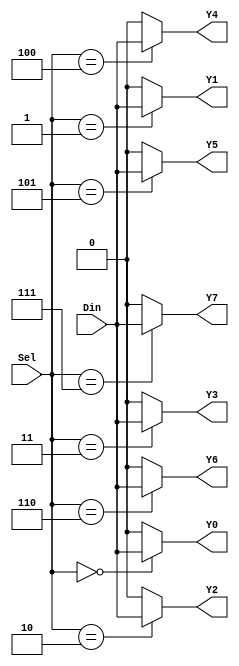
module demux_1_to_8 (
    input wire [2:0] Sel,
    input wire Din,
    output wire Y0,
    output wire Y1,
    output wire Y2,
    output wire Y3,
    output wire Y4,
    output wire Y5,
    output wire Y6,
    output wire Y7
);

assign Y0 = (Sel == 3'b000) ? Din : 1'b0;
assign Y1 = (Sel == 3'b001) ? Din : 1'b0;
assign Y2 = (Sel == 3'b010) ? Din : 1'b0;
assign Y3 = (Sel == 3'b011) ? Din : 1'b0;
assign Y4 = (Sel == 3'b100) ? Din : 1'b0;
assign Y5 = (Sel == 3'b101) ? Din : 1'b0;
assign Y6 = (Sel == 3'b110) ? Din : 1'b0;
assign Y7 = (Sel == 3'b111) ? Din : 1'b0;

endmodule